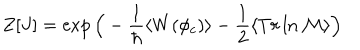
Z [ J ] = \exp \Big ( - \frac { 1 } { \hbar } \langle W ( \phi _ { c } ) \rangle - \frac { 1 } { 2 } \langle T r \ln { \cal M } \rangle \Big )